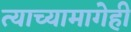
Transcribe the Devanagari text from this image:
त्याच्यामागेही